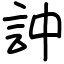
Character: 訲